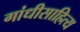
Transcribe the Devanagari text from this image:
गांधीसाहित्य